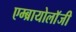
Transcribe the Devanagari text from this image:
एम्ब्रायोलाॅजी